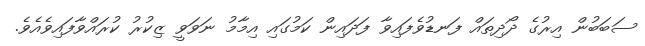
ސަބަބުން އިރުގެ ދޯދިތައް ފަނޑުވެފައިވާ ފަދައިން ކަމުގައި އިމާމު ނަވަވީ ޒިކުރު ކުރައްވާފައިވެއެވެ.